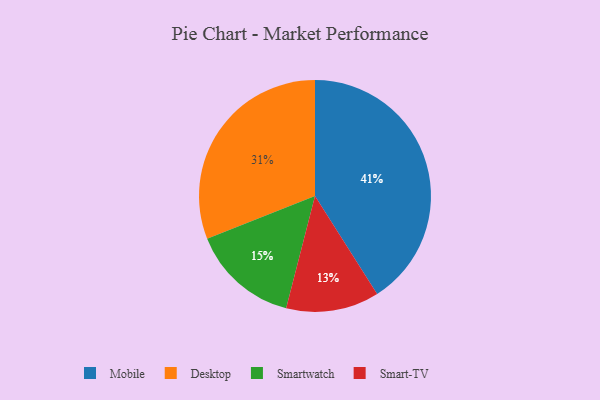
{"axis": {"x": "Category", "y": "Percentage"}, "legend": ["Desktop", "Mobile", "Smart-TV", "Smartwatch"], "data": [{"x": "Desktop", "y": 31, "type": "Desktop"}, {"x": "Smart-TV", "y": 13, "type": "Smart-TV"}, {"x": "Smartwatch", "y": 15, "type": "Smartwatch"}, {"x": "Mobile", "y": 41, "type": "Mobile"}]}